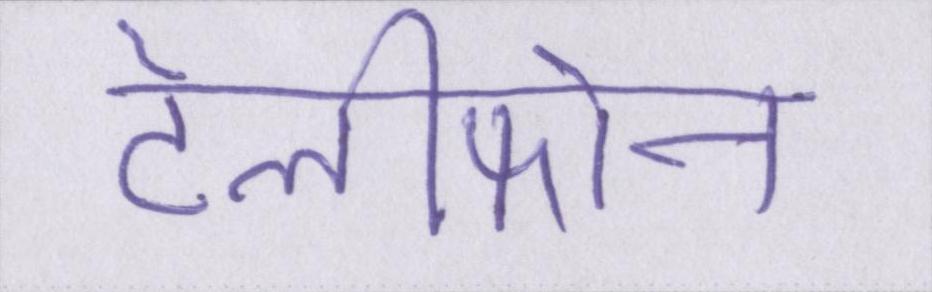
टेलीफोन